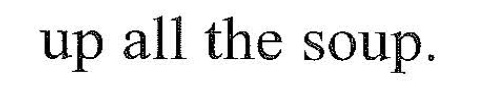
up al! the sup.